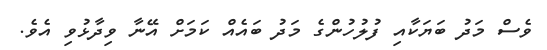
ވެސް މަދު ބަޔަކާއި ފުލުހުންގެ މަދު ބައެއް ކަމަށް އޭނާ ވިދާޅުވި އެވެ.